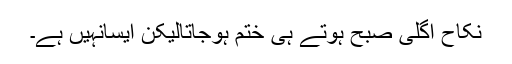
نکاح اگلی صبح ہوتے ہی ختم ہوجاتالیکن ایسانہیں ہے۔